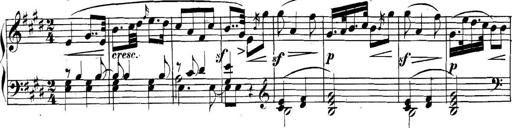
Title: Collected Piano Sonatas
Composer: Muzio Clementi